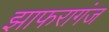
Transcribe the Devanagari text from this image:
झाफरागंज